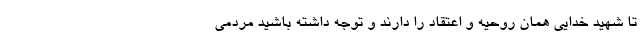
تا شهید خدایی همان روحیه و اعتقاد را دارند و توجه داشته باشید مردمی